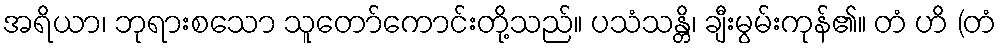
အရိယာ၊ ဘုရားစသော သူတော်ကောင်းတို့သည်။ ပသံသန္တိ၊ ချီးမွမ်းကုန်၏။ တံ ဟိ (တံ